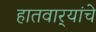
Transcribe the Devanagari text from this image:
हातवार्‍यांचे